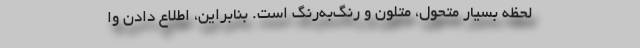
لحظه بسیار متحول، متلون و رنگ‌به‌رنگ است. بنابراین، اطلاع دادن وا